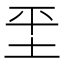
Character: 𡊞